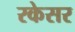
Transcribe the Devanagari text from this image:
रकेसर